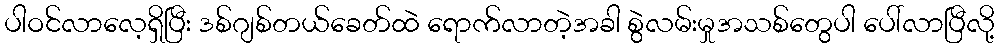
ပါဝင်လာလေ့ရှိပြီး ဒစ်ဂျစ်တယ်ခေတ်ထဲ ရောက်လာတဲ့အခါ စွဲလမ်းမှုအသစ်တွေပါ ပေါ်လာပြီလို့